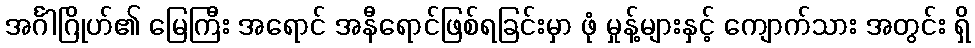
အင်္ဂါဂြိုဟ်၏ မြေကြီး အရောင် အနီရောင်ဖြစ်ရခြင်းမှာ ဖုံ မှုန့်များနှင့် ကျောက်သား အတွင်း ရှိ